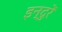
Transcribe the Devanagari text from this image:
इन्दुरें